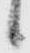
候